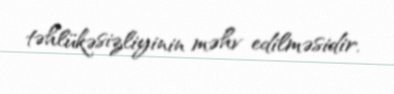
təhlükəsizliyinin məhv edilməsidir.